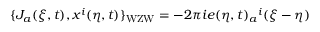
\{ J _ { a } ( \xi , t ) , x ^ { i } ( \eta , t ) \} _ { \mathrm { W Z W } } = - 2 \pi i e ( \eta , t ) _ { a } { } ^ { i } \d ( \xi - \eta )